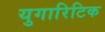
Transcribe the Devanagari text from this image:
युगारिटिक